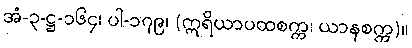
အံ-၃-ဋ္ဌ-၁၆၄၊ ပါ-၁၇၉၊ (ဣရိယာပထစက္က၊ ယာနစက္က)။